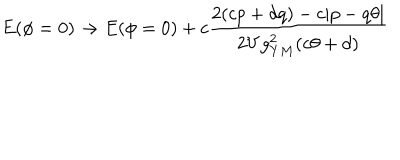
LaTeX: E ( \phi = 0 ) \to E ( \phi = 0 ) + c \frac { 2 ( c p + d q ) - c | p - q \theta | } { 2 V g _ { Y M } ^ { 2 } ( c \theta + d ) }